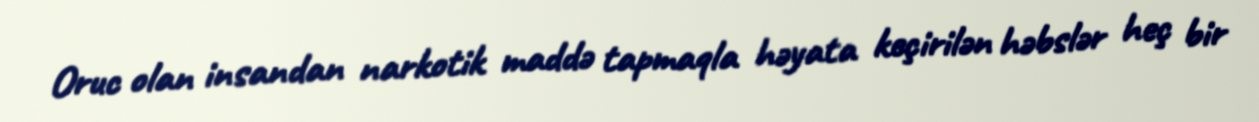
Oruc olan insandan narkotik maddə tapmaqla həyata keçirilən həbslər heç bir